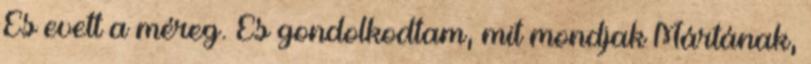
És evett a méreg. És gondolkodtam, mit mondjak Mártának,